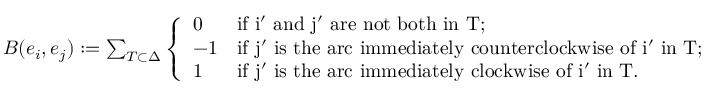
\begin{array} { r } { B ( e _ { i } , e _ { j } ) : = \sum _ { T \subset \Delta } \left\{ \begin{array} { l l } { 0 } & { \mathrm { i f ~ \ensuremath { i ' } ~ a n d ~ \ensuremath { j ' } ~ a r e ~ n o t ~ b o t h ~ i n ~ \ensuremath { T } ; } } \\ { - 1 } & { \mathrm { i f ~ \ensuremath { j ' } ~ i s ~ t h e ~ a r c ~ i m m e d i a t e l y ~ c o u n t e r c l o c k w i s e ~ o f ~ \ensuremath { i ' } ~ i n ~ \ensuremath { T } ; } } \\ { 1 } & { \mathrm { i f ~ \ensuremath { j ' } ~ i s ~ t h e ~ a r c ~ i m m e d i a t e l y ~ c l o c k w i s e ~ o f ~ \ensuremath { i ' } ~ i n ~ \ensuremath { T } . } } \end{array} \right. } \end{array}